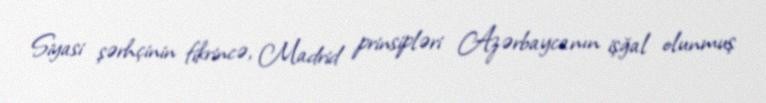
Siyasi şərhçinin fikrincə, Madrid prinsipləri Azərbaycanın işğal olunmuş